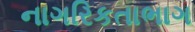
નાગરિકતાભાગ